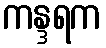
ကန္ဒရက